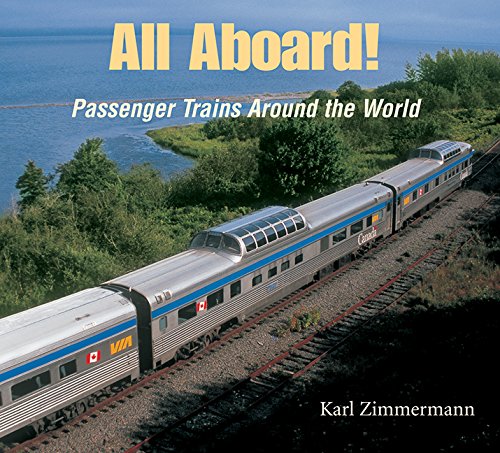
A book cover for All Aboard!: Passenger Trains Around the World; Karl Zimmermann; Children's Books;